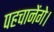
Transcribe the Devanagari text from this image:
पहचानेंगे।